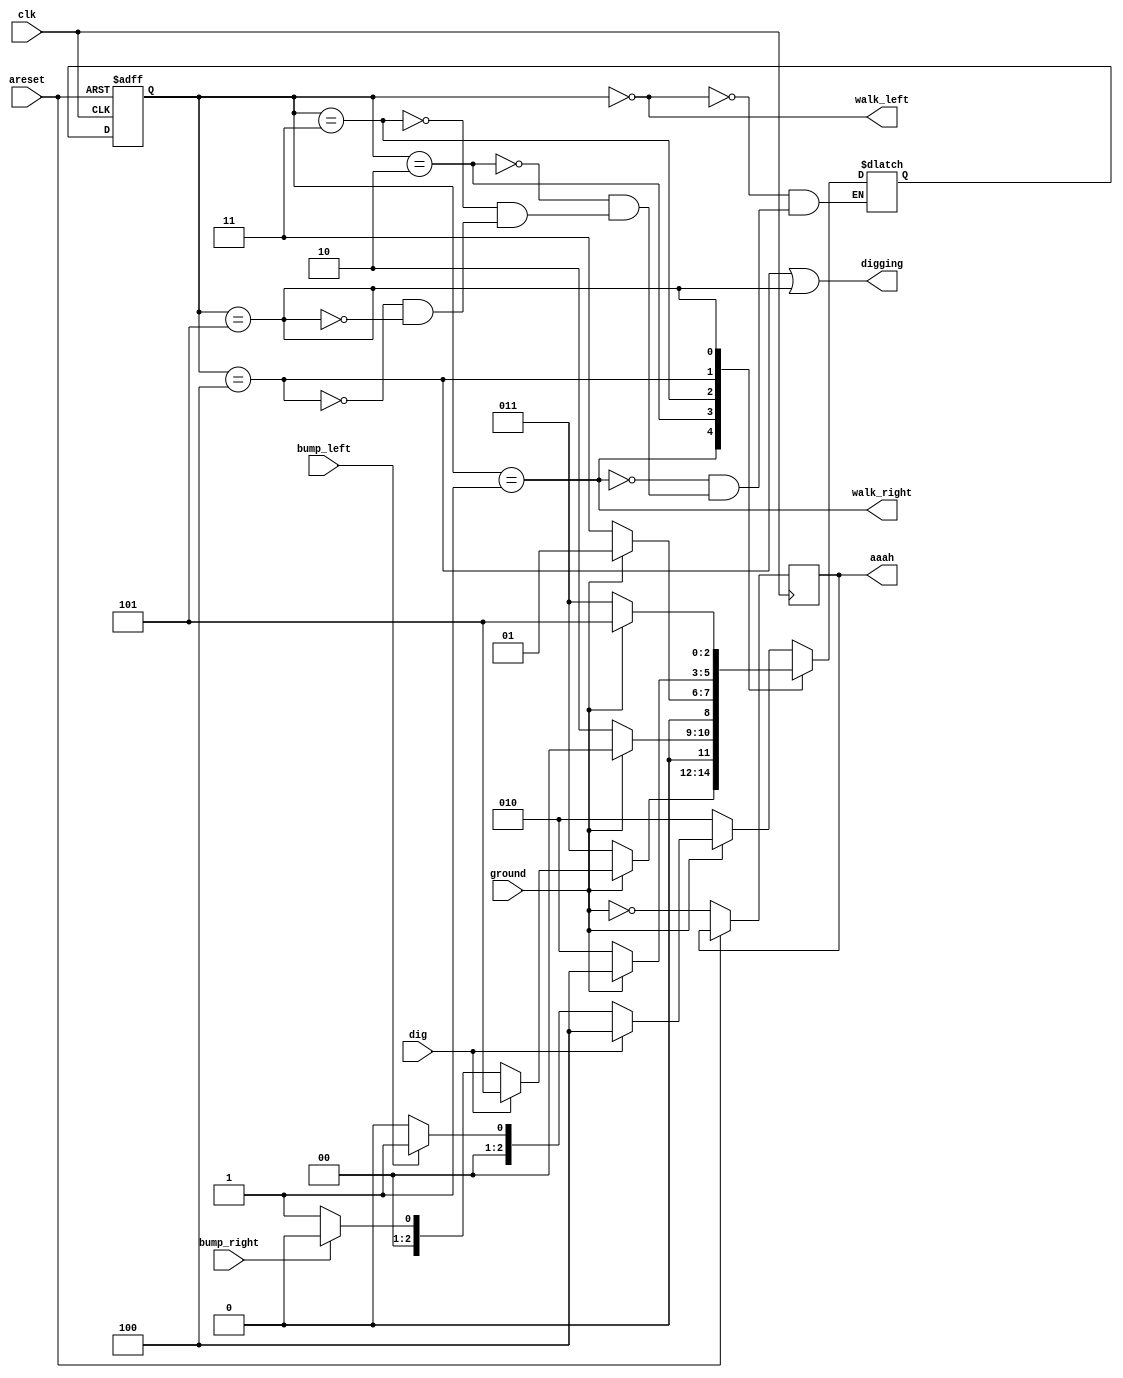
module top_module(
    input clk,
    input areset,    // Freshly brainwashed Lemmings walk left.
    input bump_left,
    input bump_right,
    input ground,
    input dig,
    output walk_left,
    output walk_right,
    output aaah,
    output digging ); 
 
    parameter   a=0, //walk left
    			b=1, //walk right
    			c=2, //walk left fall	
    			d=3, //walk right fall
    			e=4, //dig left
    			f=5; //dig right
    			
    reg [2:0] state, next_state;
    always@(*)begin
        case(state)
            a : next_state = ~ground ? c :( dig ? e :( bump_left ? b : a )) ;
            b : next_state = ~ground ? d :( dig ? f :( bump_right ? a : b )) ;
            c : next_state = ground ?  a : c ;
            d : next_state = ground ?  b : d ;
            e : next_state = ground ? e : c ;
            f : next_state = ground ? f : d ;
        endcase
    end
    always @ (posedge clk , posedge areset)
        begin
            if(areset)
                begin
                    state <= a;
                end
            else
                begin
                    state <= next_state;
                    aaah <= !ground;
                end
        end
    assign walk_left = (state==a);
    assign walk_right = (state==b);
    assign digging = (state==e)|(state==f);
    
        


endmodule